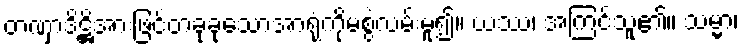
တဏှာဒိဋ္ဌိအားဖြင့်တခုခုသောအာရုံကိုမစွဲလမ်းမူ၍။ ယဿ၊ အကြင်သူ၏။ သမ္မာ၊